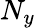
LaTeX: N_{y}